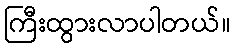
ကြီးထွားလာပါတယ်။